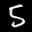
Label: 5